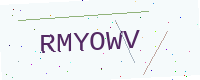
Text: RMYOWV